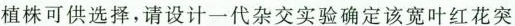
植株可供选择，请设计一代杂交实验确定该宽叶红花突